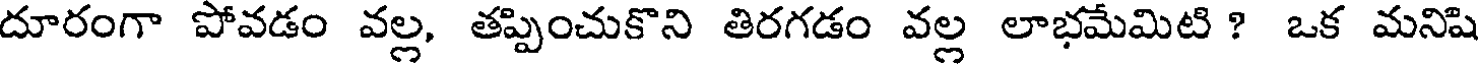
దూరంగా పోవడం వల్ల, తప్పించుకొని తిరగడం వల్ల లాభమేమిటి ? ఒక మనిషి